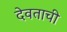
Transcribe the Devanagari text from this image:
देवताची